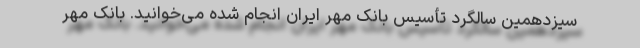
سیزدهمین سالگرد تأسیس بانک مهر ایران انجام شده می‌خوانید. بانک مهر